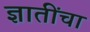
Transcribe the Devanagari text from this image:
ज्ञातींचा